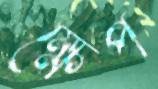
ক্ষেপ